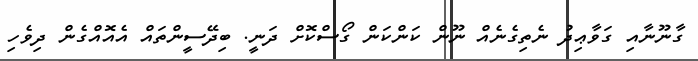
ގާނޫނާއި ގަވާޢިދު ނެތިގެނެއް ނޫން ކަންކަން ގޯސްކޮށް ދަނީ. ބިދޭސީންތައް އެއޮއްގެން ދިވެހި